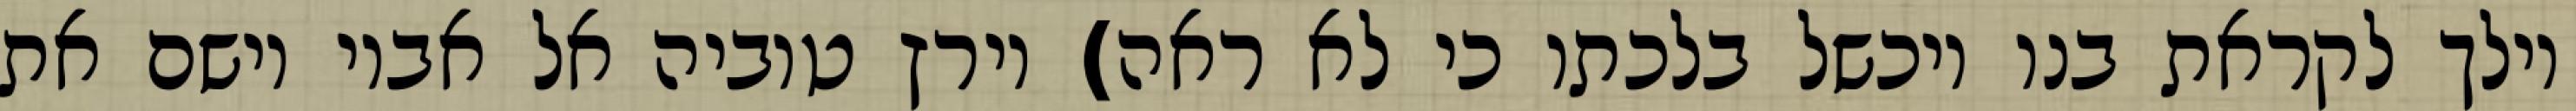
וילך לקראת בנו ויכשל בלכתו כי לא ראה) וירץ טוביה אל אביו וישם את